Vaccination in Bombay 1913-1923 - 1913-1923
Year: 1913
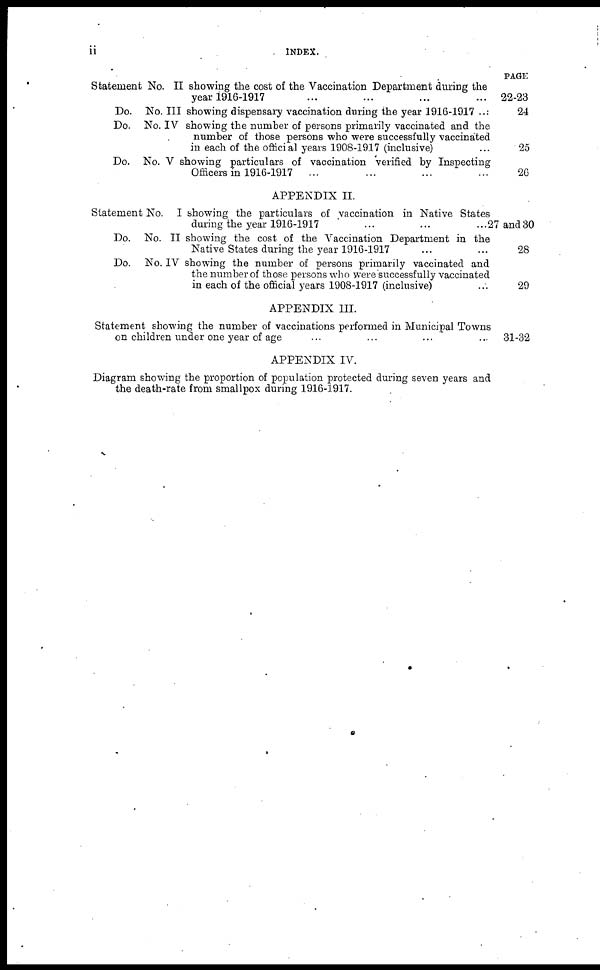
ii
INDEX.
Statement No. II showing the cost of the Vaccination Department during the
year 1916-1917 ... ... ... ...
Do. No. III showing dispensary vaccination during the year 1916-1917 ...
Do. No. IV showing the number of persons primarily vaccinated and the
number of those persons who were successfully vaccinated
in each of the official years 1908-1917 (inclusive) ...
Do. No. V showing particulars of vaccination verified by Inspecting
Officers in 1916-1917 ... ... ... ...
APPENDIX II.
Statement No. I showing the particulars of vaccination in Native States
during the year 1916-1917
...
...
...
Do. No. II showing the cost of the Vaccination Department in the
Native States during the year 1916-1917 ... ...
Do. No. IV showing the number of persons primarily vaccinated and
the number of those persons who were successfully vaccinated
in each of the official years 1908-1917 (inclusive) ...
APPENDIX III.
Statement showing the number of vaccinations performed in Municipal Towns
on children under one year of age ... ... ... ...
APPENDIX IV.
Diagram showing the proportion of population protected during seven years and
the death-rate from smallpox during 1916-1917.
PAGE
22-23
24
25
26
27 and 30
28
29
31-32